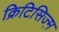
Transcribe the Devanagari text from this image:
क्रिटिसिज्म़